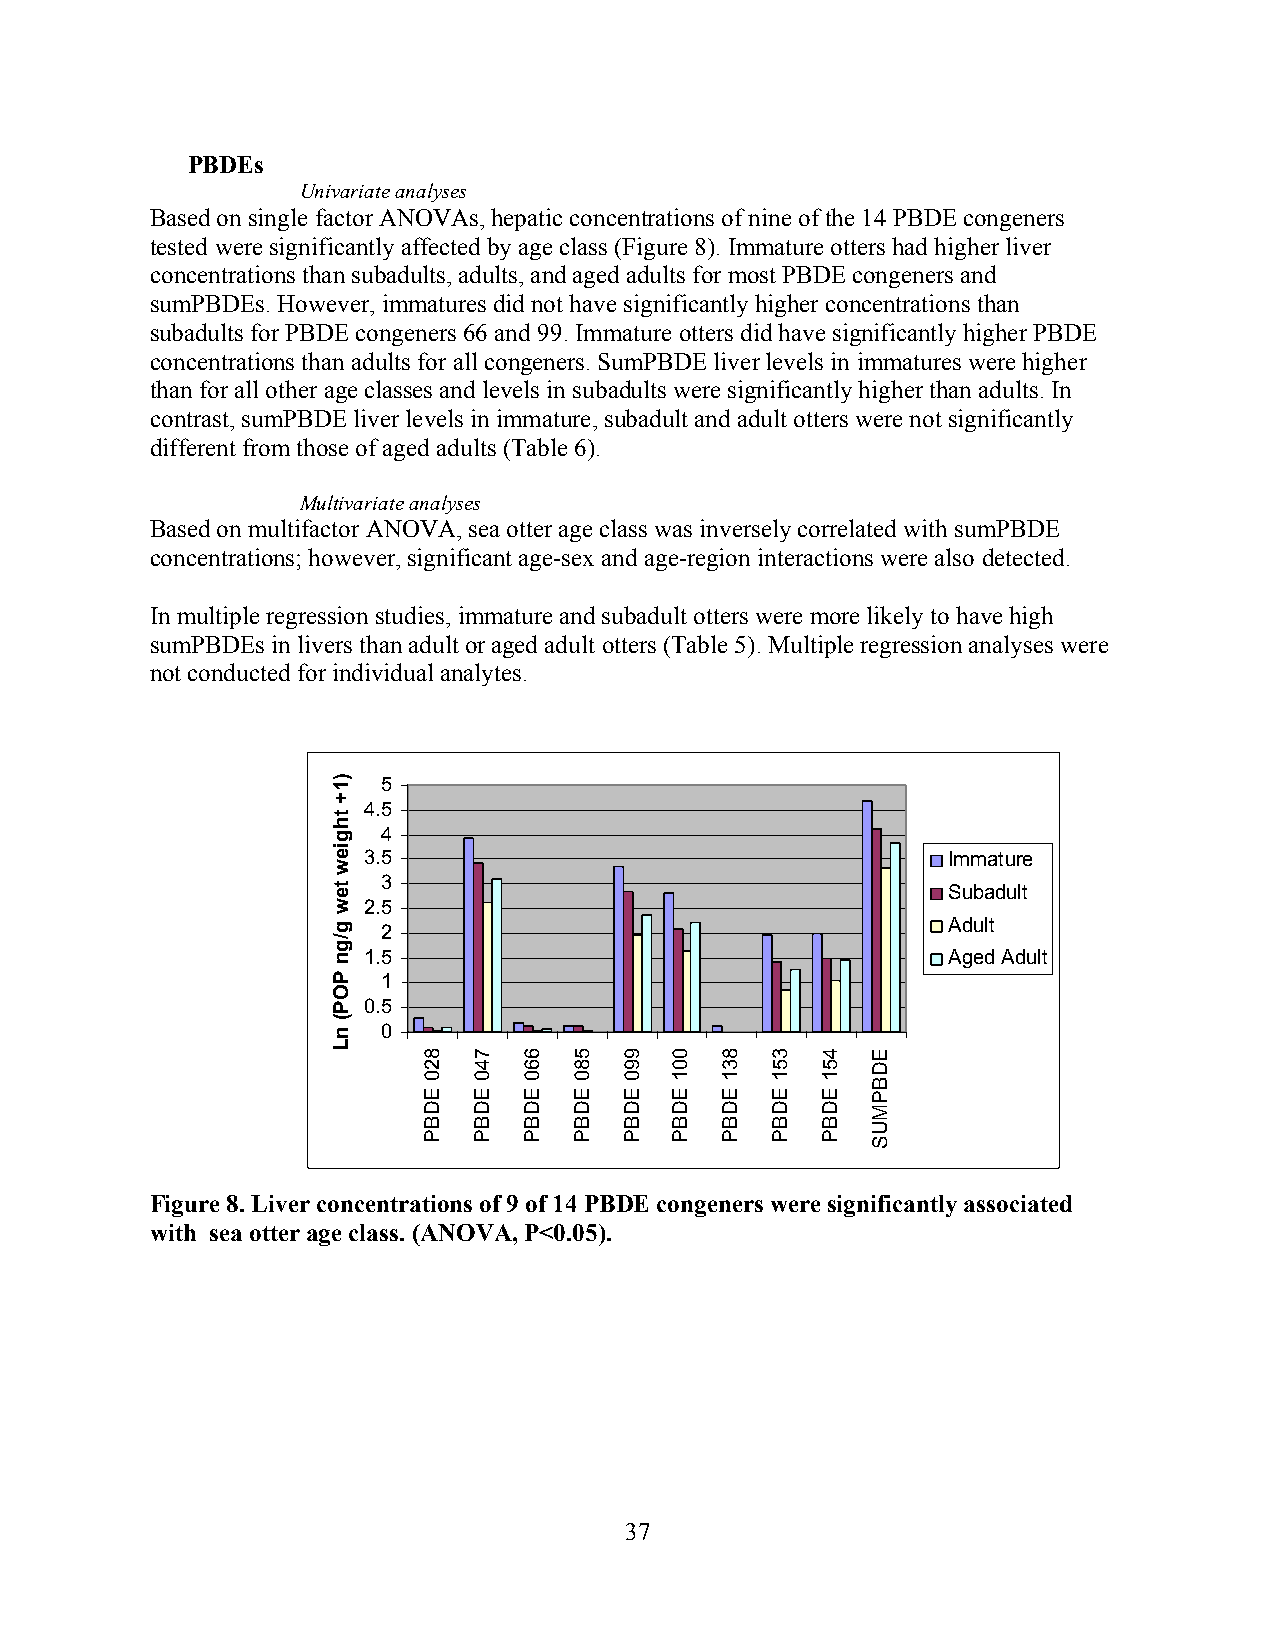
PBDEs
 Univariate analyses
 Based on single factor ANOVAs, hepatic concentrations of nine of the 14 PBDE congeners
 tested were significantly affected by age class (Figure 8). Immature otters had higher liver
 concentrations than subadults, adults, and aged adults for most PBDE congeners and
 sumPBDEs. However, immatures did not have significantly higher concentrations than
 subadults for PBDE congeners 66 and 99. Immature otters did have significantly higher PBDE
 concentrations than adults for all congeners. SumPBDE liver levels in immatures were higher
 than for all other age classes and levels in subadults were significantly higher than adults. In
 contrast, sumPBDE liver levels in immature, subadult and adult otters were not significantly
 different from those of aged adults (Table 6).
 Multivariate analyses
 Based on multifactor ANOVA, sea otter age class was inversely correlated with sumPBDE
 concentrations; however, significant age-sex and age-region interactions were also detected.
 In multiple regression studies, immature and subadult otters were more likely to have high
 sumPBDEs in livers than adult or aged adult otters (Table 5). Multiple regression analyses were
 not conducted for individual analytes.
 5
 4.5
 4
 3.5                                    Immature
 3
 Subadult
 2.5
 Adult 2
 1.5                                    Aged Adult
 1
 0.5
 0
 Figure 8. Liver concentrations of 9 of 14 PBDE congeners were significantly associated
 with sea otter age class. (ANOVA, P<0.05).
 37
 )1+
 thgiew
 tew
 g/gn
 POP(
 nL
 820
 EDBP
 740
 EDBP
 660
 EDBP
 580
 EDBP
 990
 EDBP
 001
 EDBP
 831
 EDBP
 351
 EDBP
 451
 EDBP
 EDBPMUS